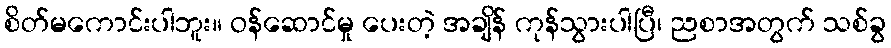
စိတ်မကောင်းပါဘူး။ ဝန်ဆောင်မှု ပေးတဲ့ အချိန် ကုန်သွားပါပြီ၊ ညစာအတွက် သစ်ခွ